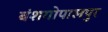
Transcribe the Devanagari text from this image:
बंशगोपालपुर